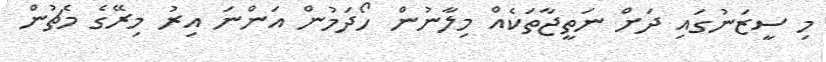
މި ސީޒަނުގައި ދަށް ނަތީޖާތަކެއް މިލާނުން ހޯދަމުން އަންނަ އިރު މިރޭގެ މެޗުން